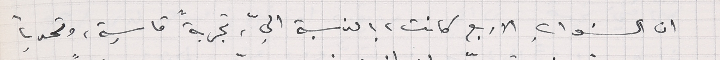
ان السنوات الاربع كانت، بالنسبة اليّ، تجربةً قاسية، وتحدياً